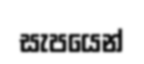
සැපයෙන්